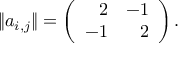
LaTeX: \| a _ { i , j } \| = \left( \begin{array} { r r } { { 2 } } & { { - 1 } } \\ { { - 1 } } & { { 2 } } \end{array} \right) .